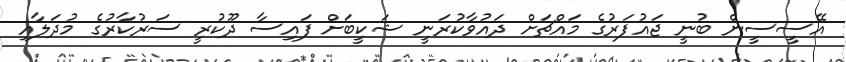
އޭސީސީން ބުނީ ޖައުފަރުގެ މައްޗަށް ދައުވާކުރަނީ ޝަކީބަށް ފައިސާ ދޫކުރީ ސަރުކާރުގެ މުދަލާއި